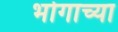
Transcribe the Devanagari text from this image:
भोगाच्या